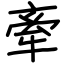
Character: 牽